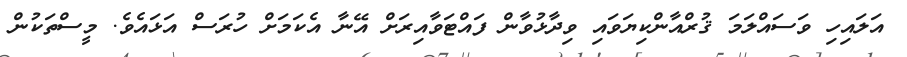
އަލައިހި ވަސައްލަމަ ޤުރްއާންކިޔަވައި ވިދާޅުވާން ފައްޓަވާއިރަށް އޭނާ އެކަމަށް ހުރަސް އަޅައެވެ. މީސްތަކުން